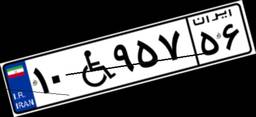
۶۴W۹۹۲۴۰